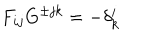
F _ { i j } G ^ { \pm j k } = - \delta _ { k } ^ { i }